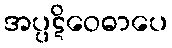
အပ္ပဋိဝေဓာပေ